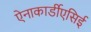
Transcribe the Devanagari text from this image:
ऐनाकार्डीएसिई